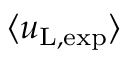
\langle u _ { \mathrm { L , e x p } } \rangle